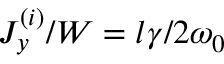
J _ { y } ^ { ( i ) } / W = l \gamma / 2 \omega _ { 0 }